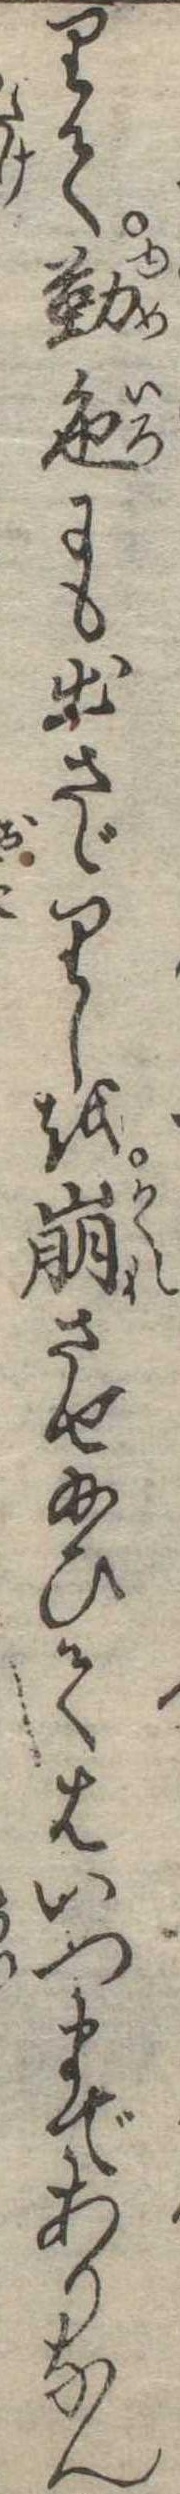
りて勤色にも出さゞりしを崩させ給ひてはいつまでありなん